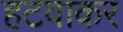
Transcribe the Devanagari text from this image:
हटवाकर